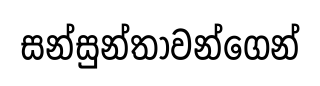
සන්සුන්තාවන්ගෙන්